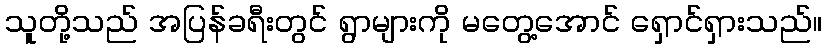
သူတို့သည် အပြန်ခရီးတွင် ရွာများကို မတွေ့အောင် ရှောင်ရှားသည်။